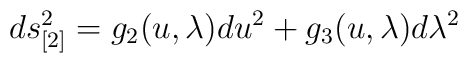
ds_{[2]}^{2}=g_{2}(u,\lambda )du^{2}+g_{3}(u,\lambda )d\lambda ^{2}